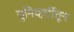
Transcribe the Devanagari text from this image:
युनिव्हर्टीतून